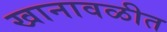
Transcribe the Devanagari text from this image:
खानावळीत